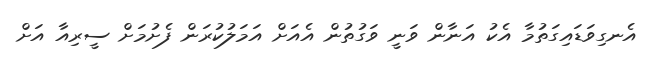
އެނގިވަޑައިގަތުމާ އެކު އަނާން ވަނީ ވަގުތުން އެއަށް އަމަލުކުރަން ފެށުމަށް ސީރިއާ އަށް